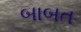
બાબત